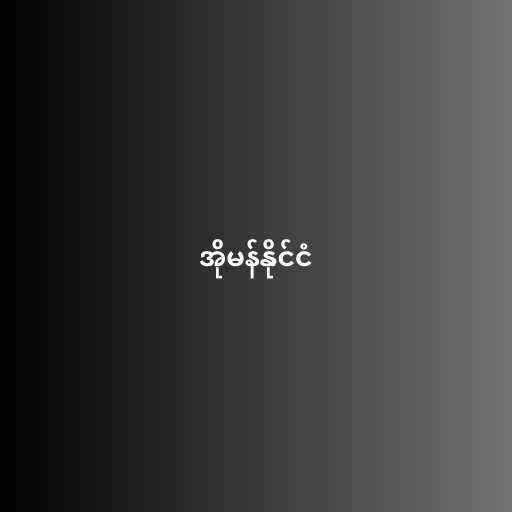
အိုမန်နိုင်ငံ